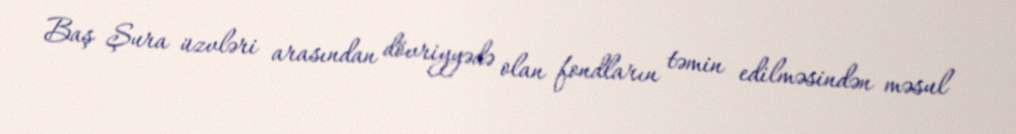
Baş Şura üzvləri arasından dövriyyədə olan fondların təmin edilməsindən məsul